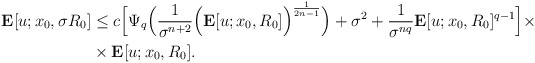
\begin{align*}\mathbf{E}[u;x_{0},\sigma R_{0}] & \leq c\Big[\Psi_{q}\Big(\frac{1}{\sigma^{n+2}}\Big(\mathbf{E}[u;x_{0},R_{0}]\Big)^{\frac{1}{2n-1}}\Big)+\sigma^{2}+ \frac{1}{\sigma^{nq}}\mathbf{E}[u;x_{0},R_{0}]^{q-1}\Big]\times \\ & \times \mathbf{E}[u;x_{0},R_{0}].\end{align*}